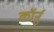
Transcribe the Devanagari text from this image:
कॉर्नु